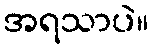
အရသာပဲ။